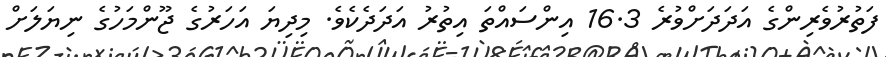
ފަތުރުވެރިންގެ އަދަދަށްވުރެ 16.3 އިންސައްތަ އިތުރު އަދަދެކެވެ. މިދިޔަ އަހަރުގެ ޖޫންމަހުގެ ނިިޔަލަށް